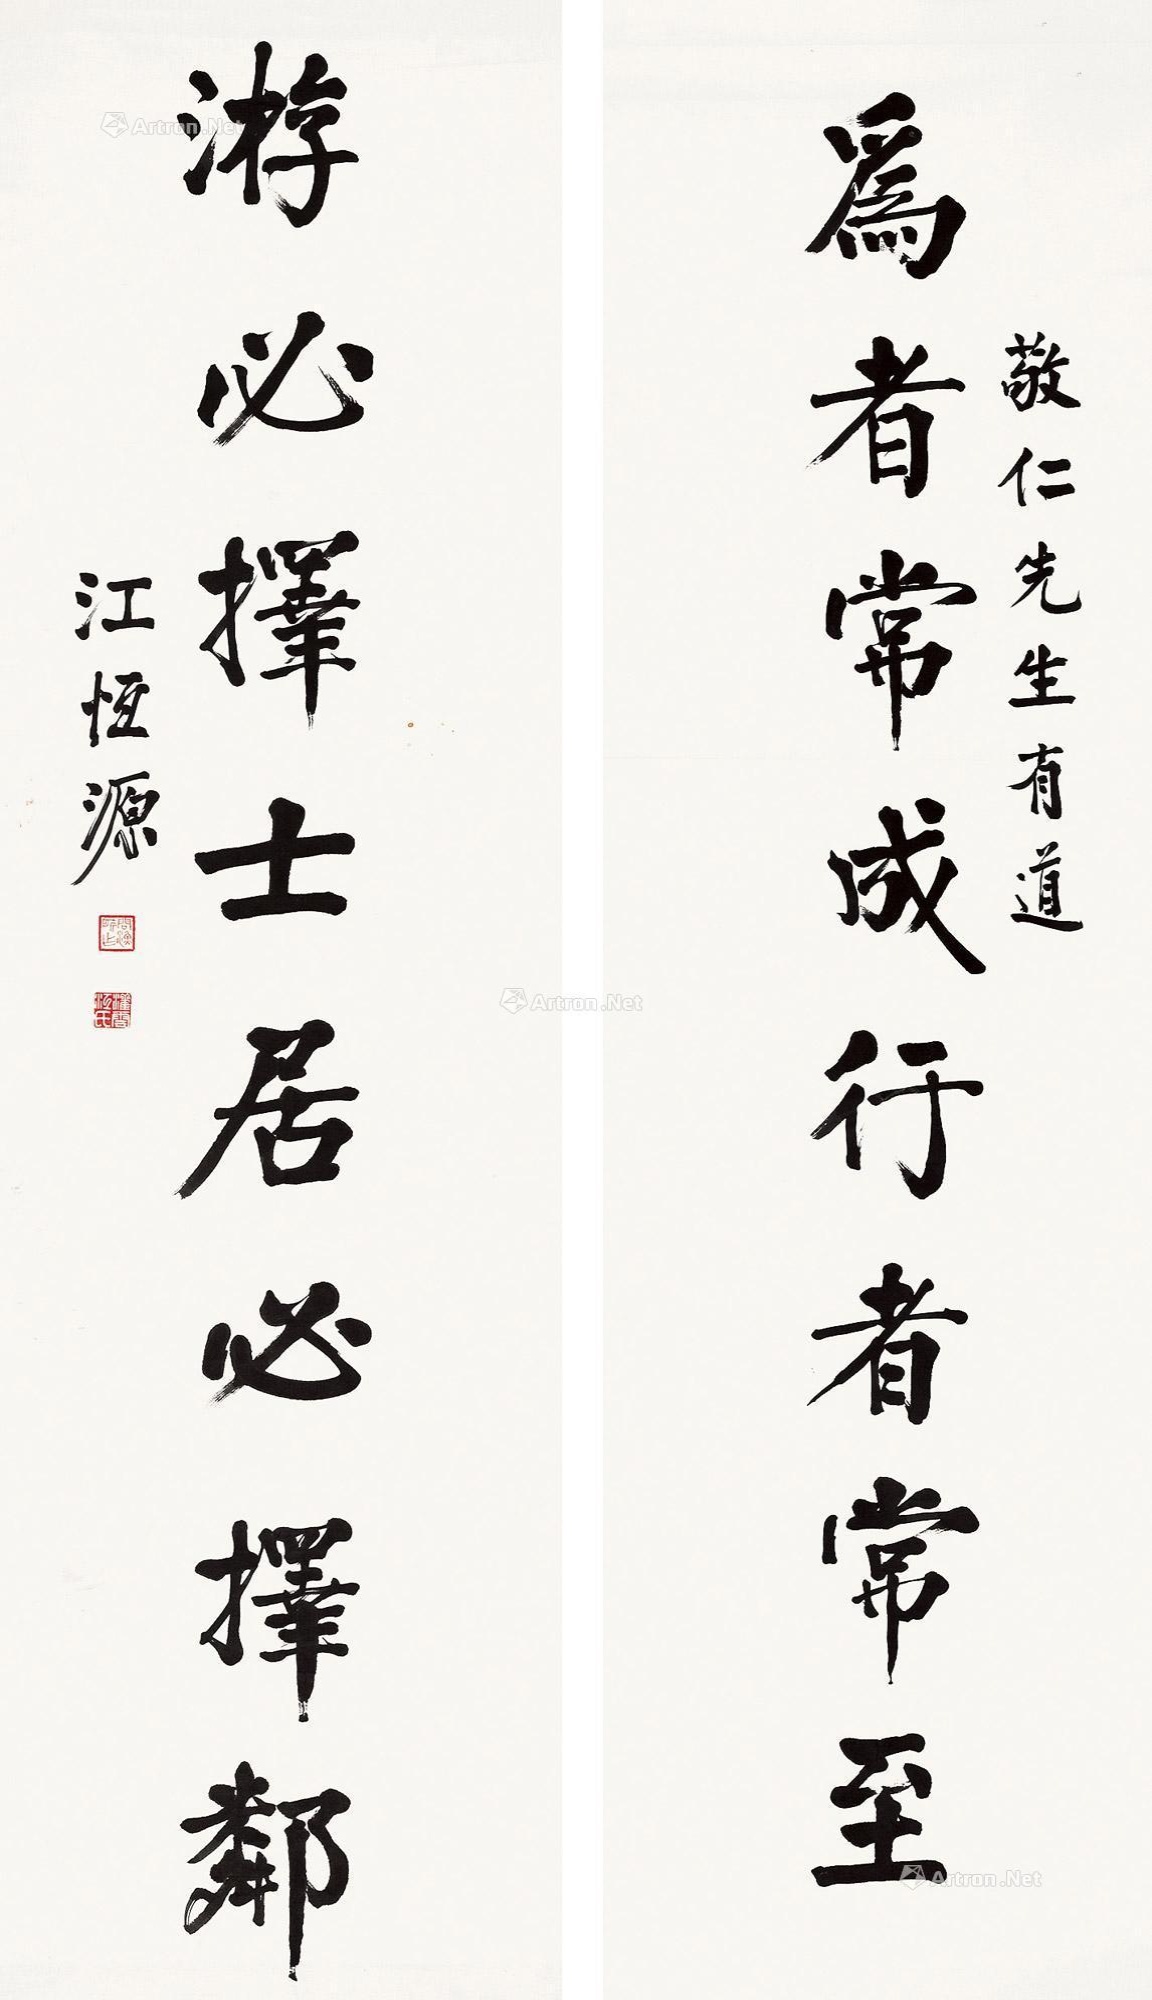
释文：为者常成行者常至，游必择士居必择邻。敬仁先生有道，江恒源。